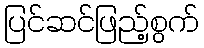
ပြင်ဆင်ဖြည့်စွက်